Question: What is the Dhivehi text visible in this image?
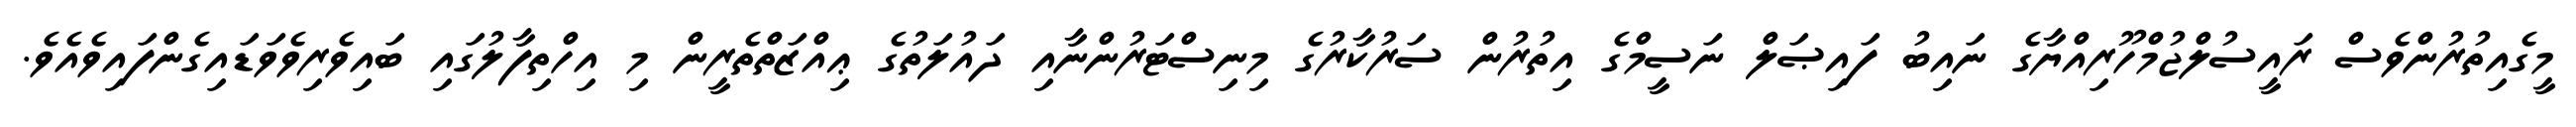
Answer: މީގެއިތުރުންވެސް ރައީސުލްޖުމްހޫރިއްޔާގެ ނައިބު ފައިޞަލް ނަސީމްގެ އިތުރުން ސަރުކާރުގެ މިނިސްޓަރުންނާއި ދައުލަތުގެ ޢިއްޒަތްތެރީން މި އިހްތިފާލުގައި ބައިވެރިވެވަޑައިގެންފައިވެއެވެ.